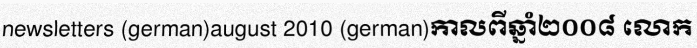
newsletters (german)august 2010 (german)កាលពីឆ្នាំ២០០៨ លោក